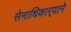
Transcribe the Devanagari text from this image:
सेनाधिकार्‍याने